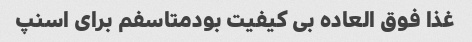
غذا فوق العاده بی کیفیت بودمتاسفم برای اسنپ